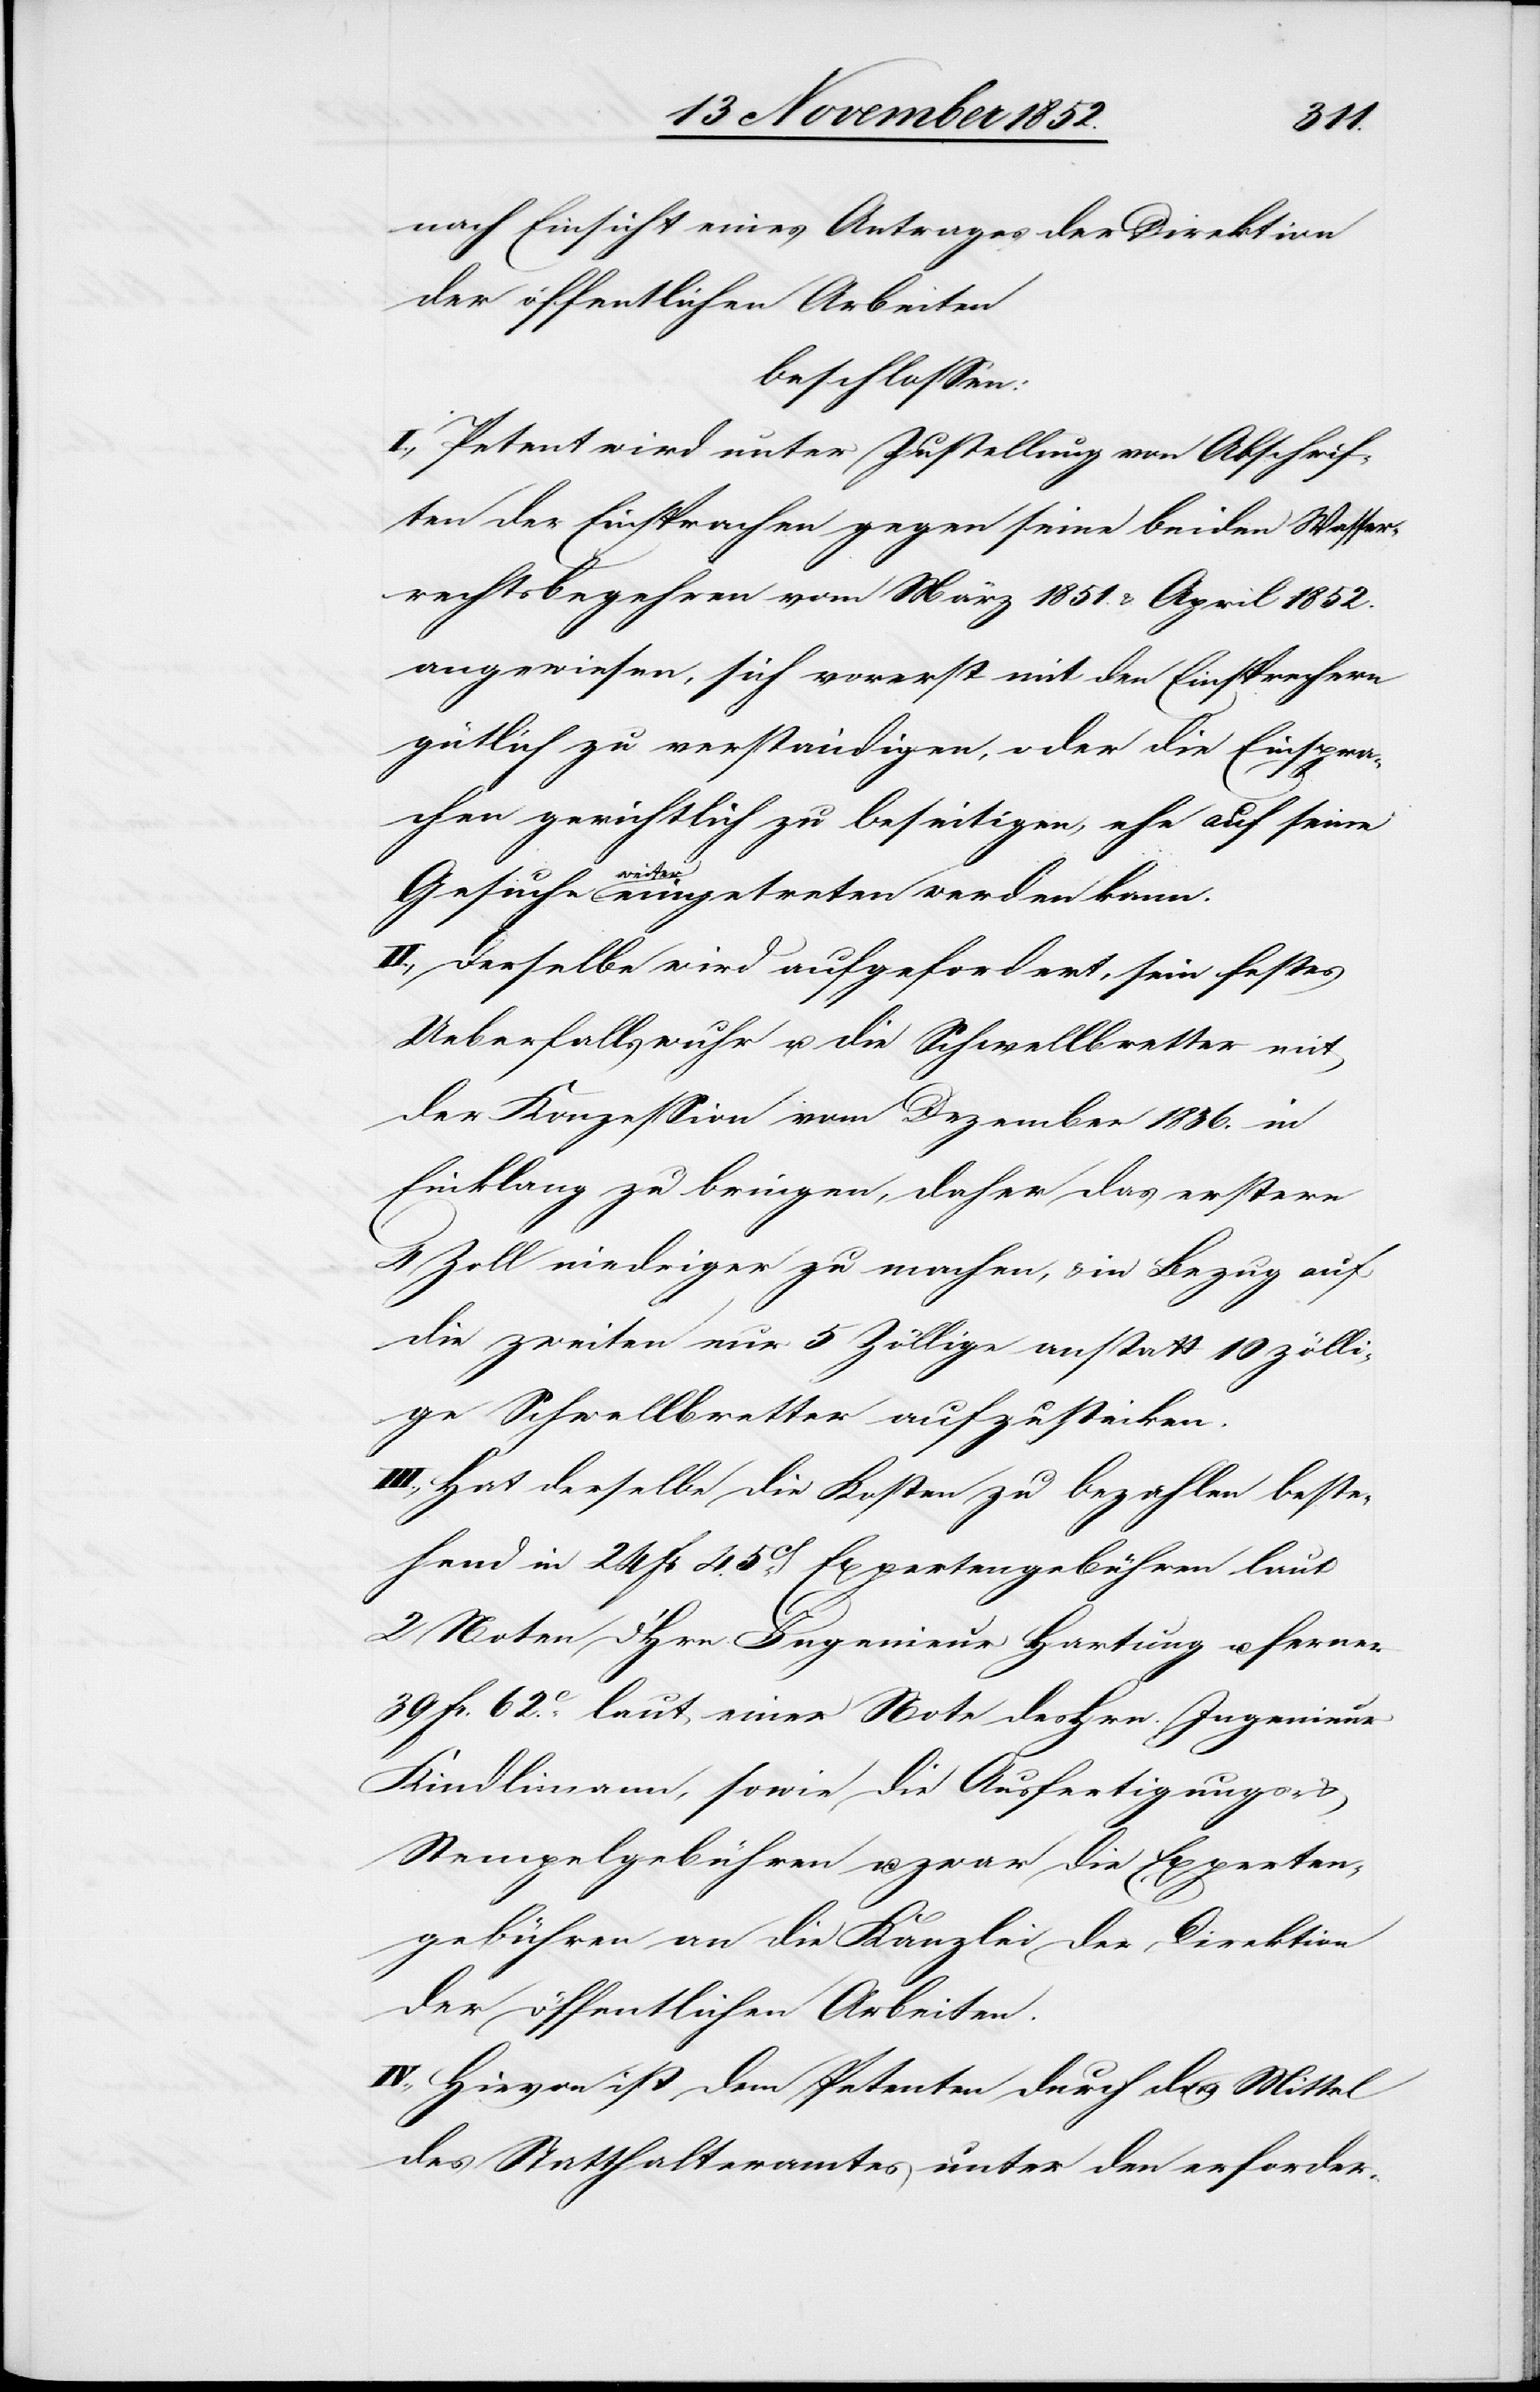
nach Einsicht eines Antrages der Direktion
der öffentlichen Arbeiten
beschlossen:
I., Petent wird unter Zustellung von Abschrif¬
ten der Einsprachen gegen seine beiden Wasser¬
rechtsbegehren vom März 1851. & April 1852.
angewiesen, sich vorerst mit den Einsprechern
gütlich zu verständigen, oder die Einspra¬
chen gerichtlich zu beseitigen, ehe auf seine
Gesuche weiter eingetreten werden kann.
II., Derselbe wird aufgefordert, sein festes
Ueberfallswuhr u. die Schwellbretter mit
der Konzession vom Dezember 1836. in
Einklang zu bringen, daher das erstere
4 Zoll niedriger zu machen, & in Bezug auf
die zweiten nur 5 Zöllige [sic!] anstatt 10 zölli¬
ge Schwellbretter aufzustecken.
III., Hat derselbe die Kosten zu bezahlen beste¬
hend in 24 Fr 45Ct. Expertengebühren laut
2 Noten d. Hrn. Ingenieur Hartung u. ferner
39 Fr. 62C. laut einer Note des Hrn. Ingenieur
Kindlimann, sowie die Ausfertigungs-
Stempelgebühren u. zwar die Experten¬
gebühren an die Kanzlei der Direktion
der öffentlichen Arbeiten.
IV., Hievon ist dem Petenten durch das Mittel
des Statthalteramtes unter den erforder-